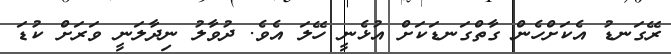
ރޭގަނޑު އެކަށްހެން ގާތްގަނޑަކަށް އުޅެނީ ހޭލަ އެވެ. ދުވާލު ނިދާލަނީ ވަރަށް ކުޑަ